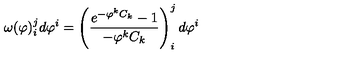
\omega ( \varphi ) _ { i } ^ { j } d \varphi ^ { i } = \left( \frac { e ^ { - \varphi ^ { k } C _ { k } } - 1 } { - \varphi ^ { k } C _ { k } } \right) _ { i } ^ { j } d \varphi ^ { i }